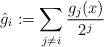
LaTeX: \begin{align*}\hat g_i := \sum_{j\ne i} \frac{g_j(x)}{2^j}\end{align*}